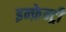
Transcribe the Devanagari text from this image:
इन्फ़ेन्ट्री